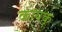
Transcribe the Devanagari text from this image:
कायकू